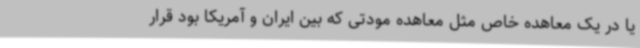
یا در یک معاهده‌ خاص مثل معاهده‌ مودتی که بین ایران و آمریکا بود قرار